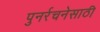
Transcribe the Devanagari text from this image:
पुनर्रचनेसाठी